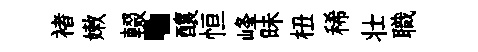
褚嫩輟·釀恒峰昧杻稀壮職